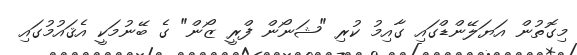
މިގޮތުން އަޔަލޭންޑްގައި ގާއިމު ކުރި "ޝަނޯން ފްރީ ޒޯން" ގެ ބޭނުމަކީ އެޤައުމުގައި